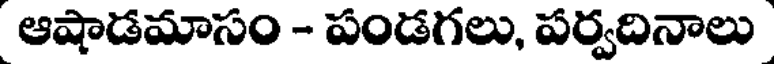
ఆషాడమాసం - పండగలు, పర్వదినాలు